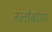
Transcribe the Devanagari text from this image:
ग्लोबोसा